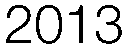
2013